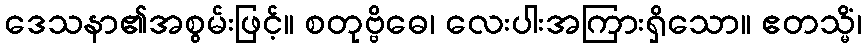
ဒေသနာ၏အစွမ်းဖြင့်။ စတုဗ္ဗိဓေ၊ လေးပါးအကြားရှိသော။ ဧတသ္မိံ၊